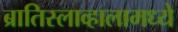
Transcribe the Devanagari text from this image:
ब्रातिस्लाव्हालामध्ये